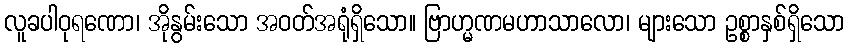
လူခပါဝုရဏော၊ အိုနွမ်းသော အဝတ်အရုံရှိသော။ ဗြာဟ္မဏမဟာသာလော၊ များသော ဥစ္စာနှစ်ရှိသော